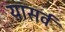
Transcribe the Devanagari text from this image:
यासर्व